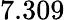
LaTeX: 7.309